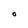
Character: O